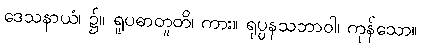
ဒေသနာယံ၊ ၌။ ရူပဓာတူတိ၊ ကား။ ရုပ္ပနသဘာဝါ၊ ကုန်သော။